Lunatic asylums United Provinces 1909-1921 - 1909-1921
Year: 1909
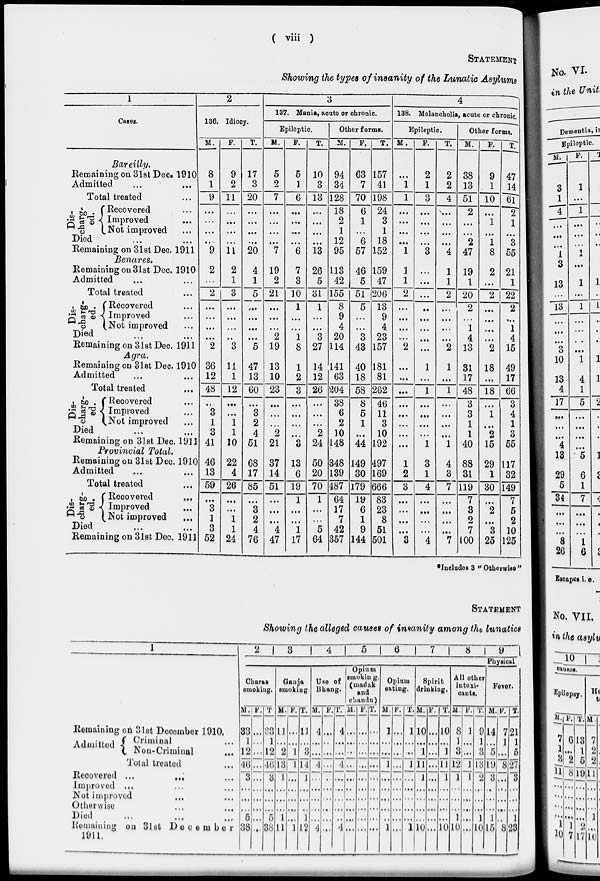
( viii )
STATEMENT
Showing the types of insanity of the Lunatic Asylums
1
Cases.
Bareilly.
Remaining on 31st Dec. 1910
Admitted ... ...
Total treated ...
Dis-
charg-
ed.
Recovered ...
Improved ...
Not imprpved ...
Died ... ...
Remaining on 31st Dec. 1911
Benares.
Remaining on 31st Dec. 1910
Admitted ... ...
Total treated ...
Dis-
charg-
ed.
Recovered ...
Improved ...
Not improved ...
Died ... ...
Remaining on 31st Dec. 1911
Agra.
Remaining on 31st Dec. 1910
Admitted ... ...
Total treated ...
Dis-
charg-
ed.
Recovered ...
Improved ...
Not improved ...
Died ... ...
Remaining on 31st Dec. 1911
Provincial Total.
Remaining on 31st Dec. 1910
Admitted ... ...
Total treated ...
Dis-
charg-
ed.
Recovered ...
Improved ...
Not improved ...
Died ... ...
Remaining on 31st Dec. 1911
2
136. Idiocy.
M.
8
1
9
...
...
...
...
9
2
...
2
...
...
...
...
2
36
12
48
...
3
1
3
41
46
13
59
...
3
1
3
52
F.
9
2
11
...
...
...
...
11
2
1
3
...
...
...
...
3
11
1
12
...
...
1
1
10
22
4
26
...
...
1
1
24
T.
17
3
20
...
...
...
...
20
4
1
5
...
...
...
...
5
47
13
60
...
3
2
4
51
68
17
85
...
8
2
4
76
3
137. Mania, acute or chronic.
Epileptic.
M.
5
2
7
...
...
...
...
7
19
2
21
...
...
...
2
19
13
10
23
...
...
...
2
21
37
14
51
...
...
...
4
47
F.
5
1
6
...
...
...
...
6
7
3
10
1
...
...
1
8
1
2
3
...
...
...
...
3
13
6
19
1
...
...
1
17
T.
10
3
13
...
...
...
...
13
26
5
31
1
...
...
3
27
14
12
26
...
...
...
2
24
50
20
70
1
...
...
5
64
Other forms.
M.
94
34
128
18
2
1
12
95
113
42
155
8
9
4
20
114
141
63
204
38
6
2
10
148
348
139
487
64
17
7
42
357
F.
63
7
70
6
1
...
6
57
46
5
51
5
...
...
3
43
40
18
58
8
5
1
...
44
149
30
179
19
6
1
9
144
T.
157
41
198
24
3
1
18
152
159
47
206
13
9
4
23
157
181
81
262
46
11
3
10
192
497
169
666
83
23
8
51
501
4
138. Melancholia, acute or chronic.
Epileptic.
M.
...
1
1
...
...
...
...
1
1
1
2
...
...
...
...
2
...
...
...
...
...
...
...
...
1
2
3
...
...
...
...
3
F.
2
1
3
...
...
...
...
3
...
...
...
...
...
...
...
...
1
...
1
...
...
...
...
1
3
1
4
...
...
...
...
4
T.
2
2
4
...
...
...
...
4
1
1
2
...
...
...
...
2
1
...
1
...
...
...
...
1
4
3
7
...
...
...
...
7
Other forms.
M.
38
13
51
2
...
...
2
47
19
1
20
2
...
1
4
13
31
17
48
3
3
1
1
40
88
31
119
7
3
2
7
100
F.
9
1
10
...
1
...
1
8
2
...
2
...
...
...
...
2
18
...
18
...
1
...
2
15
29
1
30
...
2
...
3
25
T.
47
14
6l
2
1
...
3
55
21
1
22
2
...
1
4
15
49
17
66
3
4
1
3
55
117
32
149
7
5
2
10
125
*Includes 3 " Otherwise "
STATEMENT
Showing the alleged causes of insanity among the lunatics
1
Remaining on 31st December 1910.
Admitted - Criminal ...
Non-Criminal ...
Total treated ...
Recovered ...
...
...
Improved ... ... ...
Not improved ... ...
Otherwise ... ...
Died ... ... ...
Remaining on 31st December
1911.
2
3
4
5
6
7
8
9
Physical
Charas
smoking.
M.
33
1
12
46
3
...
...
...
5
38
F.
...
...
...
...
...
...
...
...
...
...
T.
33
1
12
46
3
...
...
...
5
38
Ganja
smoking
M.
11
...
2
13
1
...
...
...
1
11
F.
...
...
1
1
...
...
...
...
...
1
T.
11
...
3
14
1
...
...
...
1
12
Use of
Bhang.
M.
4
...
...
4
...
...
...
...
...
4
F.
...
...
...
...
...
...
...
...
...
...
T.
4
...
...
4
...
...
...
...
...
4
Opium
smoking.
(madak
and
chandu)
M.
...
...
...
...
...
...
...
...
...
...
F.
...
...
...
...
...
...
...
...
...
...
T.
...
...
...
...
...
...
...
...
...
...
Opium
eating.
M.
1
...
...
1
...
...
...
...
...
1
F.
...
...
...
...
...
...
...
...
...
...
T.
1
...
...
1
...
...
...
...
...
1
Spirit
drinking.
M.
10
...
1
11
1
...
...
...
...
10
F.
...
...
...
...
...
...
...
...
...
...
T.
10
...
1
11
1
...
...
...
...
10
All other
intoxi-
cants.
M.
8
1
3
12
1
...
...
...
1
10
F.
1
...
...
1
1
...
...
...
...
...
T.
9
1
3
13
2
...
...
...
1
10
Fever.
M.
14
...
5
19
3
...
...
...
1
15
F.
7
1
...
8
...
...
...
...
...
8
T.
21
1
5
27
3
...
...
...
1
23